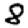
Digit: 8